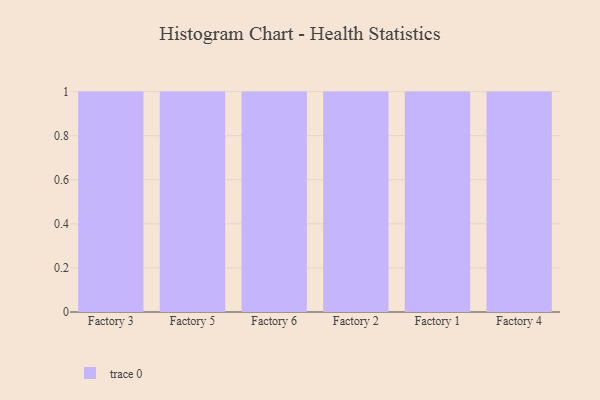
{"axis": {"x": "Factory", "y": "Headcount"}, "legend": [""], "data": [{"x": "Factory 3", "y": 80, "type": ""}, {"x": "Factory 5", "y": 94, "type": ""}, {"x": "Factory 6", "y": 82, "type": ""}, {"x": "Factory 2", "y": 6, "type": ""}, {"x": "Factory 1", "y": 8, "type": ""}, {"x": "Factory 4", "y": 49, "type": ""}]}